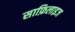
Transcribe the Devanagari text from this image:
साफ़िलाइज